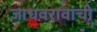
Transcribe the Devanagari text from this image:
जाधवरावांची